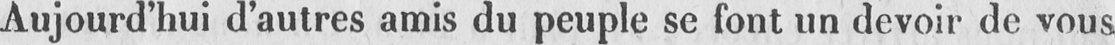
Aujourd’hui d’autres amis du peuple se font un devoir de vous